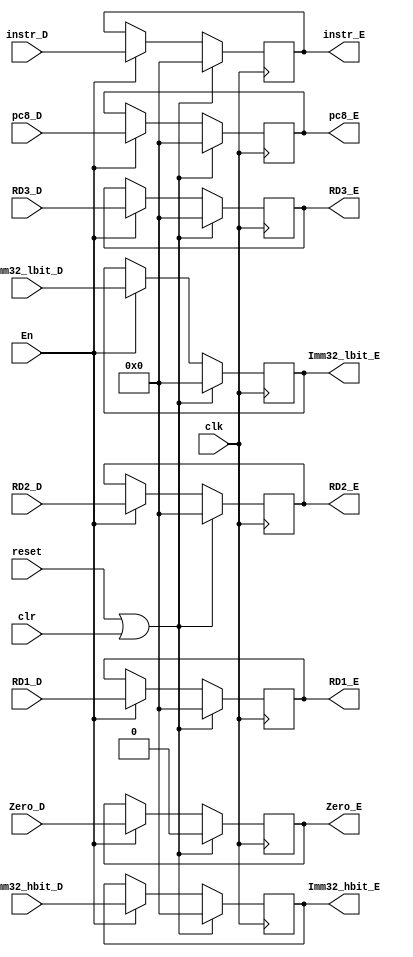
`timescale 1ns / 1ps

module ID_EX(
    clk, reset, En, clr,
	pc8_D, instr_D, RD1_D, RD2_D, RD3_D, Imm32_lbit_D, Imm32_hbit_D, Zero_D,
	pc8_E, instr_E, RD1_E, RD2_E, RD3_E, Imm32_lbit_E, Imm32_hbit_E, Zero_E);
	
	input clk, reset, En, clr;
	input [31:0] pc8_D, instr_D, RD1_D, RD2_D, RD3_D, Imm32_lbit_D, Imm32_hbit_D;
	input Zero_D;
	output reg [31:0] pc8_E, instr_E, RD1_E, RD2_E, RD3_E, Imm32_lbit_E, Imm32_hbit_E;
	output reg Zero_E;
	
	initial begin
		pc8_E = 0;
		instr_E = 0;
		RD1_E = 0;
		RD2_E = 0;
		RD3_E = 0;
		Imm32_lbit_E = 0;
		Imm32_hbit_E = 0;
		Zero_E = 0;
	end
	
	always @(posedge clk) begin
		if (reset | clr) begin
			pc8_E <= 0;
			instr_E <= 0;
			RD1_E <= 0;
			RD2_E <= 0;
			RD3_E <= 0;
			Imm32_lbit_E <= 0;
			Imm32_hbit_E <= 0;
			Zero_E <= 0;
		end
		else begin
			if (En) begin
				pc8_E <= pc8_D;
				instr_E <= instr_D;
				RD1_E <= RD1_D;
				RD2_E <= RD2_D;
				RD3_E <= RD3_D;
				Imm32_lbit_E <= Imm32_lbit_D;
				Imm32_hbit_E <= Imm32_hbit_D;
				Zero_E <= Zero_D;
			end
		end
	end


endmodule